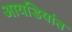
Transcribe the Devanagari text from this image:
आयडियांत